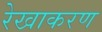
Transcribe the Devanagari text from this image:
रेखाकरण